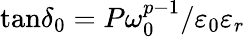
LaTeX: \tan\! \delta_{0}=P\omega_{0}^{p-1}/\varepsilon_{0}\varepsilon_{r}